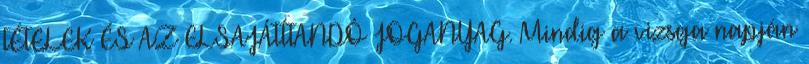
TÉTELEK ÉS AZ ELSAJÁTÍTANDÓ JOGANYAG. Mindig a vizsga napján